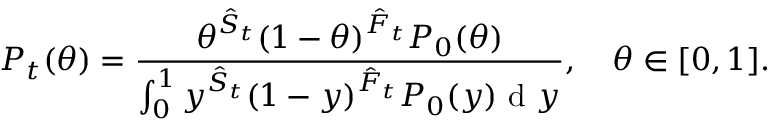
P _ { t } ( \theta ) = \frac { \theta ^ { \hat { S } _ { t } } ( 1 - \theta ) ^ { \hat { F } _ { t } } P _ { 0 } ( \theta ) } { \int _ { 0 } ^ { 1 } y ^ { \hat { S } _ { t } } ( 1 - y ) ^ { \hat { F } _ { t } } P _ { 0 } ( y ) \mathrm { ~ d ~ } y } , \quad \theta \in [ 0 , 1 ] .